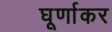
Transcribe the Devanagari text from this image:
घूर्णाकर